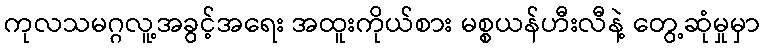
ကုလသမဂ္ဂလူ့အခွင့်အရေး အထူးကိုယ်စား မစ္စယန်ဟီးလီနဲ့ တွေ့ဆုံမှုမှာ